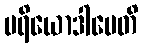
ပရိယောဒါပေတိ